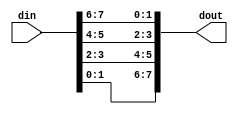
module  data_format_8to2(
						input [7:0]din,
						output [7:0]dout
						);

assign  dout= {din[1],din[0],din[3],din[2],din[5],din[4],din[7],din[6]};

endmodule